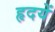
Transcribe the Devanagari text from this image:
हृदयें